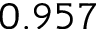
0 . 9 5 7